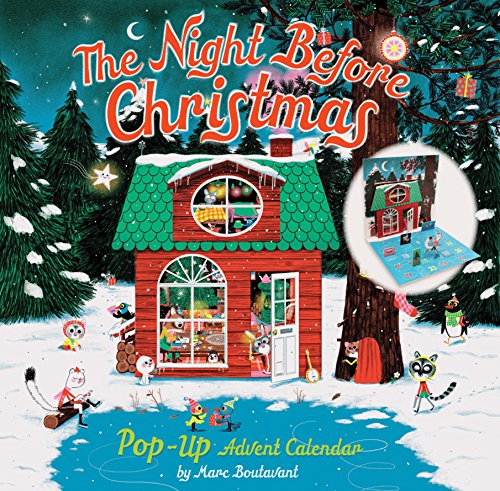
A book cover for The Night Before Christmas Pop-Up Advent Calendar; Calendars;